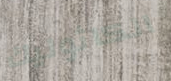
الكاثوليك